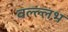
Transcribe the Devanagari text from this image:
वल्ल्लभ